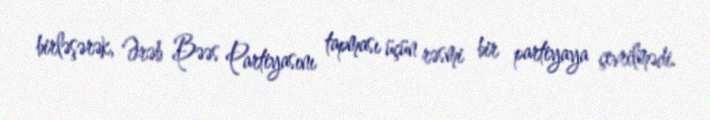
birləşərək, Ərəb Bəəs Partiyasını tapması üçün rəsmi bir partiyaya çevrilmədi.